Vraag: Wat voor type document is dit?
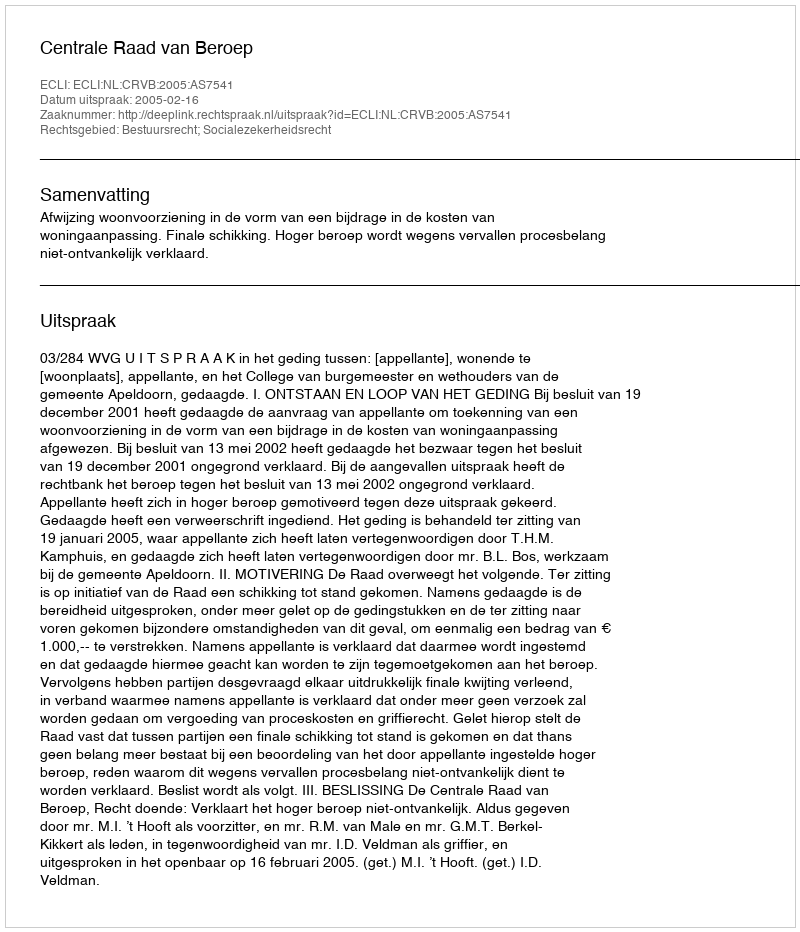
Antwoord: Uitspraak